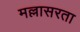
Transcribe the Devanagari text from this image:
मल्लासरता